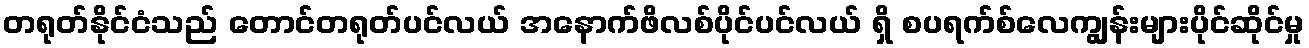
တရုတ်နိုင်ငံသည် တောင်တရုတ်ပင်လယ် အနောက်ဖိလစ်ပိုင်ပင်လယ် ရှိ စပရက်စ်လေကျွန်းများပိုင်ဆိုင်မှု